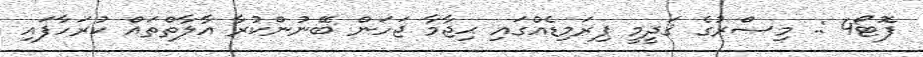
ފޮޓޯ4 :. މިޞްރުގެ ޤަދީމީ ޕިރަމިޑެއްގައި ޙިޖާމާ ޖަހަން ބޭނުންކުރާ އާލާތްތައް ކުރަހާފައި